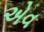
એવ